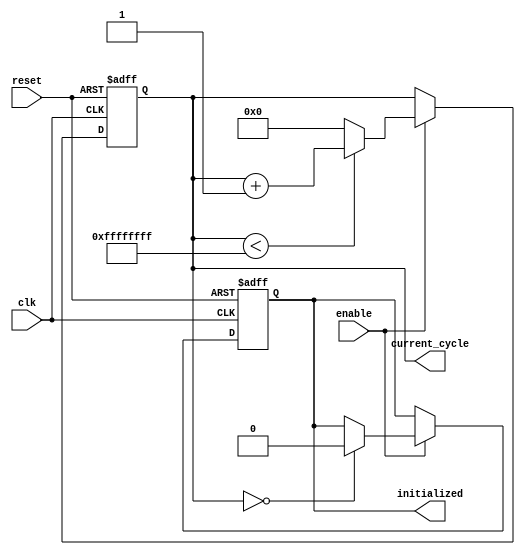
module ClockCycleInitialization (
    input wire clk,          // Clock signal
    input wire reset,        // Asynchronous reset signal
    input wire enable,       // Control signal to enable counting
    output reg [31:0] current_cycle, // Current clock cycle count
    output reg initialized   // Initialization flag
);

    // Parameter for maximum cycle count
    parameter MAX_CYCLES = 32'hFFFFFFFF;

    // Always block for synchronous logic
    always @(posedge clk or posedge reset) begin
        if (reset) begin
            // On reset, initialize the cycle count and set initialized flag
            current_cycle <= 32'b0;
            initialized <= 1'b1; // Set initialized flag
        end else if (enable) begin
            // Increment the current cycle count if enabled
            if (current_cycle < MAX_CYCLES) begin
                current_cycle <= current_cycle + 1;
            end else begin
                // Reset the cycle count on overflow
                current_cycle <= 32'b0;
            end
            
            // Clear the initialized flag after the first increment
            if (current_cycle == 32'b0) begin
                initialized <= 1'b0; // Clear initialized flag after first count
            end
        end
    end

endmodule